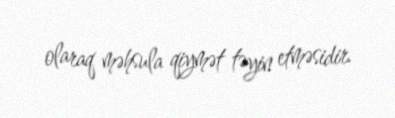
olaraq məhsula qiymət təyin etməsidir.